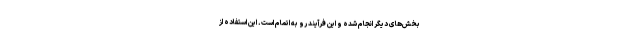
بخش‌های دیگر انجام شده و این فرآیند رو به اتمام است. این استفاده از